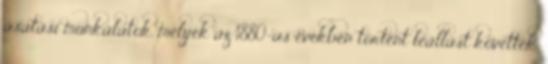
ásatási munkálatok, melyek az 1880-as években történt leállást követték.